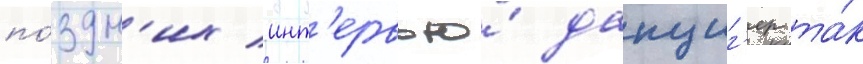
по́здн'их инт'ервью́ данциг'ер та́к